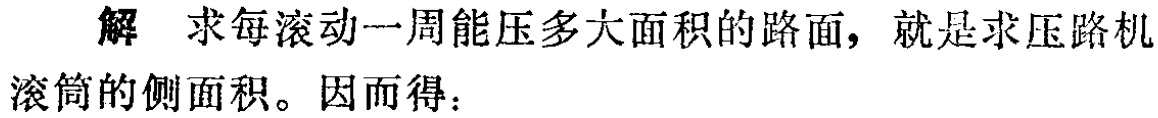
解 求每滚动一周能压多大面积的路面，就是求压路机滚筒的侧面积。因而得：